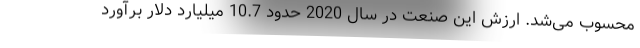
محسوب می‌شد. ارزش این صنعت در سال 2020 حدود 10.7 میلیارد دلار برآورد